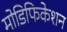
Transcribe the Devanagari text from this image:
मोडिफिकेशन